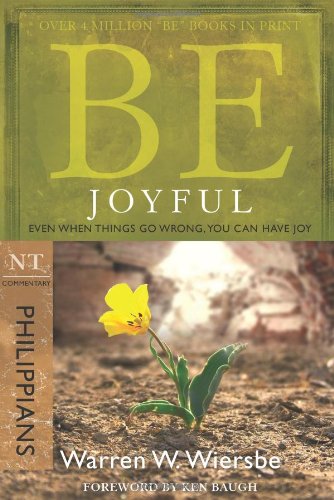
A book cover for Be Joyful (Philippians): Even When Things Go Wrong, You Can Have Joy (The BE Series Commentary); Warren W. Wiersbe; Christian Books & Bibles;